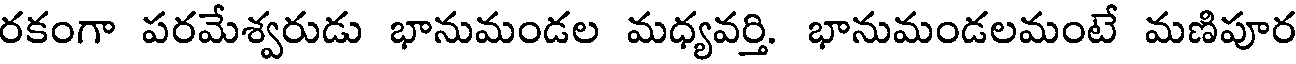
రకంగా పరమేశ్వరుడు భానుమండల మధ్యవర్తి. భానుమండలమంటే మణిపూర